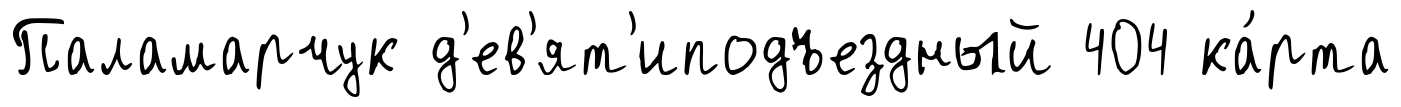
Паламарчук д'ев'ят'иподъездный 404 ка́рта